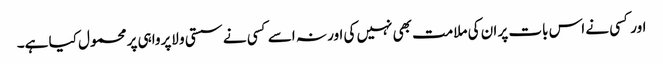
اور کسی نے اس بات پر ان کی ملامت بھی نہیں کی اور نہ اسے کسی نے سستی و لاپرواہی پر محمول کیا ہے۔